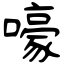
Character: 嚎